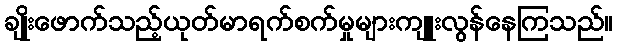
ချိုးဖောက်သည့်ယုတ်မာရက်စက်မှုများကျူးလွန်နေကြသည်။